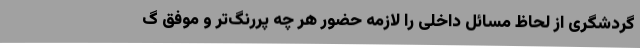
گردشگری از لحاظ مسائل داخلی را لازمه حضور هر چه پررنگ‌تر و موفق گ